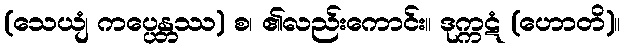
(သေယျံ ကပ္ပေန္တဿ) စ၊ ၏လည်းကောင်း။ ဒုက္ကဋံ (ဟောတိ)။